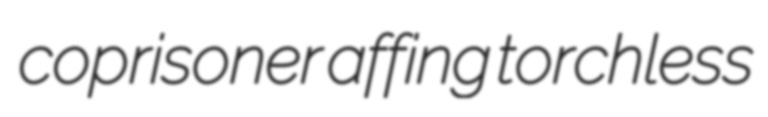
coprisoner affing torchless